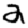
Digit: 2